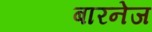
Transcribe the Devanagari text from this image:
बारनेज